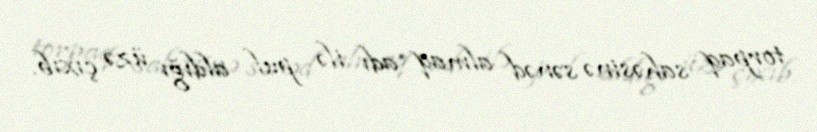
torpaq sahəsinə sənəd almaq adı ilə pul aldığı üzə çıxıb.